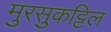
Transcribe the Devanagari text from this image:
मुरसुकट्टिल